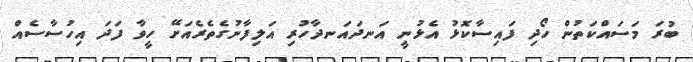
ބުރަ މަސައްކަތުން ހޯދި ފައިސާކޮޅު އެޅުނީ އަނދައަނދާހުރި އަލިފާނުގެތެރެއަށޭ ހީވާ ފަދަ އިހުސާސެއް